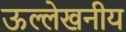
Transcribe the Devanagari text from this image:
ऊल्लेखनीय